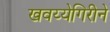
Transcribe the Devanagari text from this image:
खवय्येगिरीने